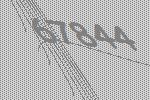
67844